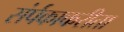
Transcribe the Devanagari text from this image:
संर्पकाकरीता